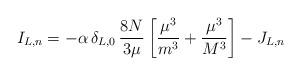
LaTeX: \begin{align*}I_{L,n}=-\alpha\,\delta_{L,0}\,\frac {8N}{3\mu}\left[\frac {\mu^3}{m^3}+\frac {\mu^3}{M^3}\right]-J_{L,n}\end{align*}